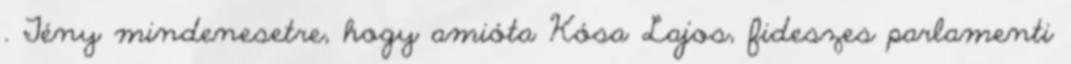
. Tény mindenesetre, hogy amióta Kósa Lajos, fideszes parlamenti